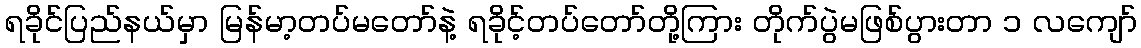
ရခိုင်ပြည်နယ်မှာ မြန်မာ့တပ်မတော်နဲ့ ရခိုင့်တပ်တော်တို့ကြား တိုက်ပွဲမဖြစ်ပွားတာ ၁ လကျော်